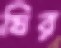
ঘির